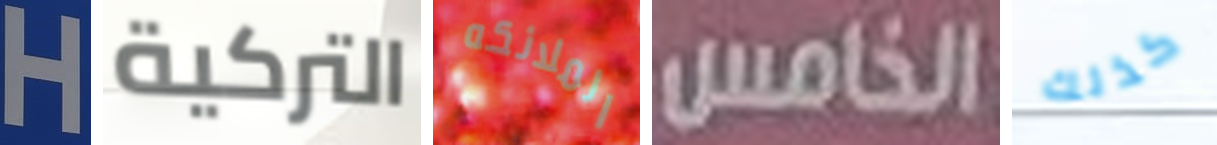
H التركية الملائكه الخامس كذلك